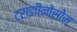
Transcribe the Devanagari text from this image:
ट्राइपैनोसोम